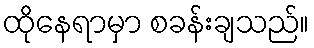
ထိုနေရာမှာ စခန်းချသည်။